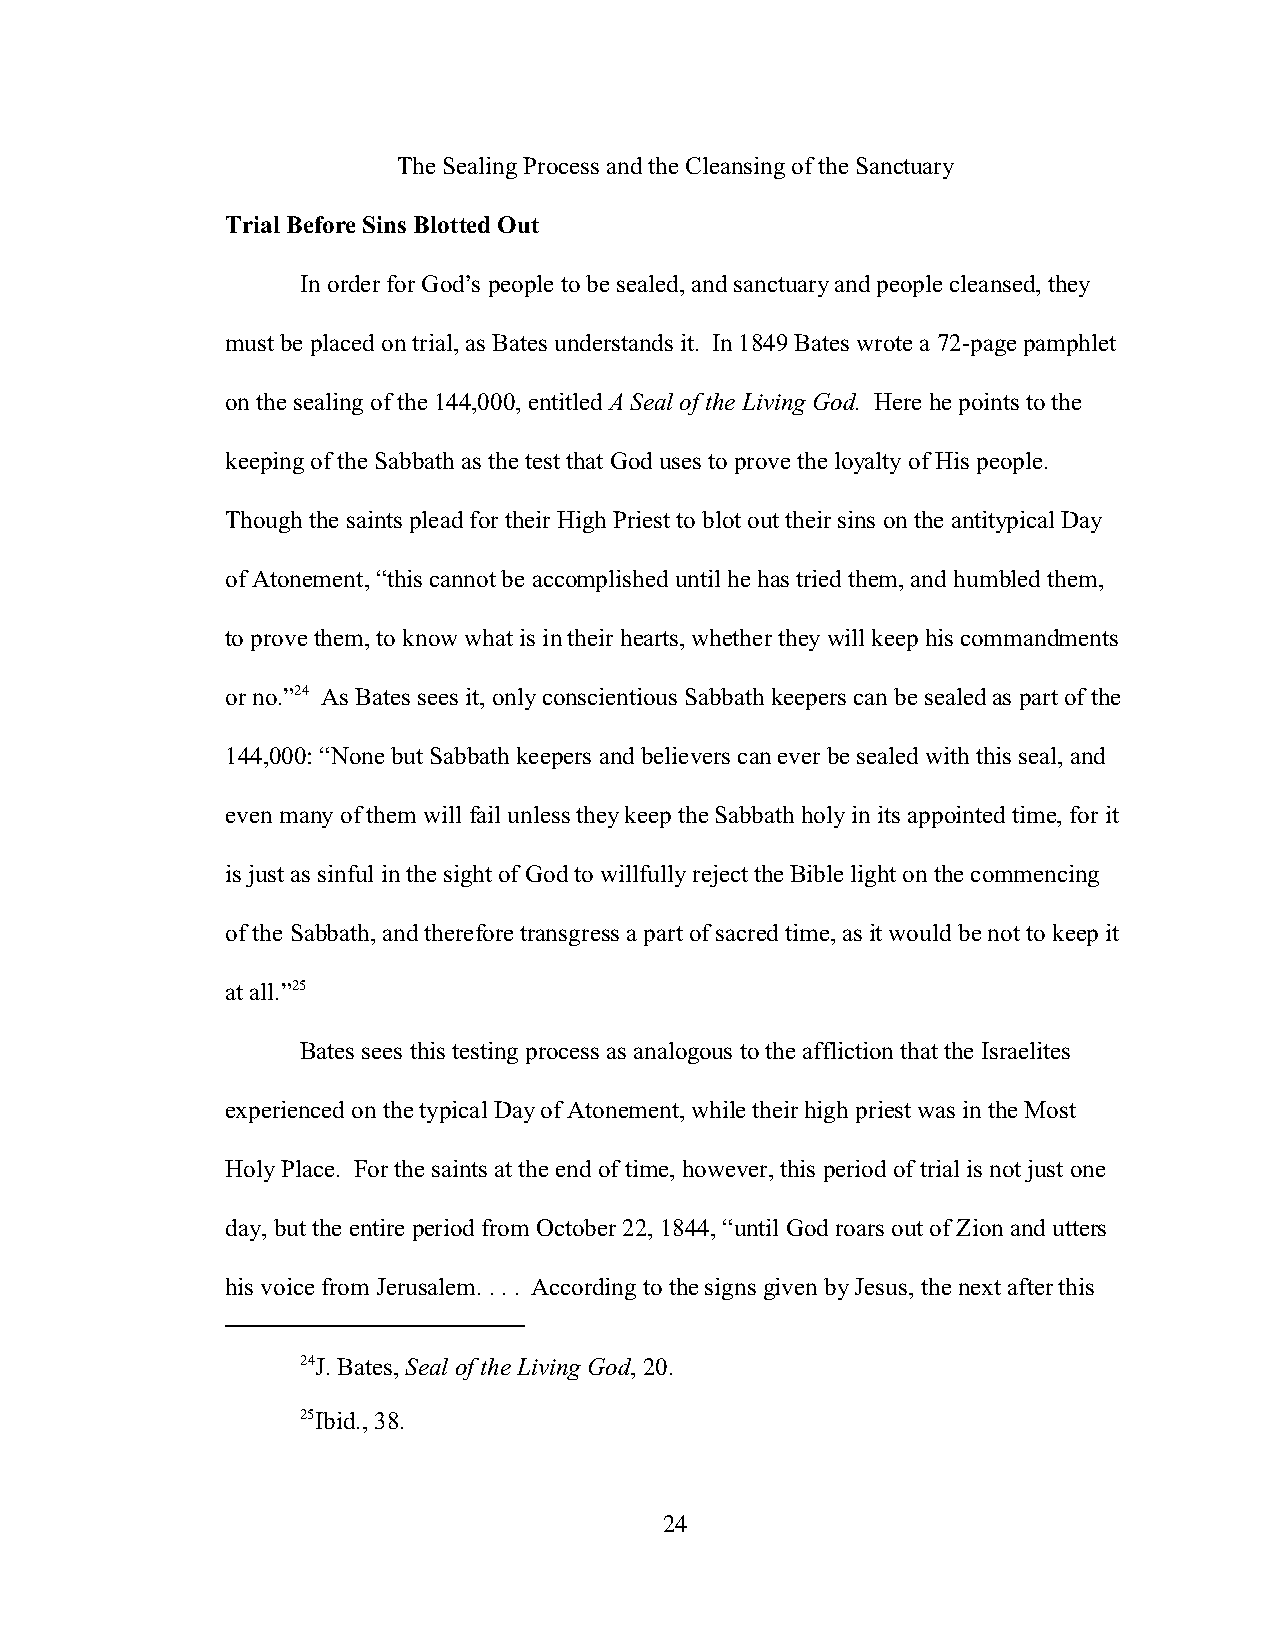
The Sealing Process and the Cleansing of the Sanctuary
 Trial Before Sins Blotted Out
 In order for God’s people to be sealed, and sanctuary and people cleansed, they
 must be placed on trial, as Bates understands it. In 1849 Bates wrote a 72-page pamphlet
 on the sealing of the 144,000, entitled A Seal of the Living God. Here he points to the
 keeping of the Sabbath as the test that God uses to prove the loyalty of His people.
 Though the saints plead for their High Priest to blot out their sins on the antitypical Day
 of Atonement, “this cannot be accomplished until he has tried them, and humbled them,
 to prove them, to know what is in their hearts, whether they will keep his commandments
 or no.”24 As Bates sees it, only conscientious Sabbath keepers can be sealed as part of the
 144,000: “None but Sabbath keepers and believers can ever be sealed with this seal, and
 even many of them will fail unless they keep the Sabbath holy in its appointed time, for it
 is just as sinful in the sight of God to willfully reject the Bible light on the commencing
 of the Sabbath, and therefore transgress a part of sacred time, as it would be not to keep it
 at all.”25
 Bates sees this testing process as analogous to the affliction that the Israelites
 experienced on the typical Day of Atonement, while their high priest was in the Most
 Holy Place. For the saints at the end of time, however, this period of trial is not just one
 day, but the entire period from October 22, 1844, “until God roars out of Zion and utters
 his voice from Jerusalem. . . . According to the signs given by Jesus, the next after this
 24J. Bates, Seal of the Living God, 20.
 25Ibid., 38.
 24